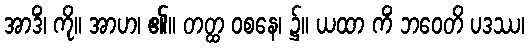
အာဒိံ၊ ကို။ အာဟ၊ ၏။ တတ္ထ ဝစနေ၊ ၌။ ယထာ ကိံ ဘဝေတိ ပဒဿ၊